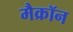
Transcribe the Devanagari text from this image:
मैक्रॉन